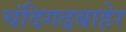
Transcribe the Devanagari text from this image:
चंदिगढबाहेर